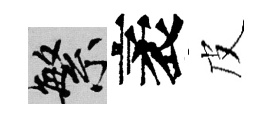
繁袤皮